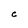
Character: C